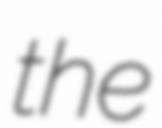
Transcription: the